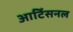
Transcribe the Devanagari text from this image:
आर्टिसनल